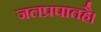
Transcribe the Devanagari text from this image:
जलप्रपातहै।